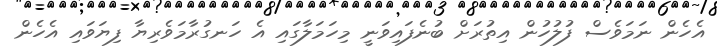
އެހެން ނަމަވެސް ފުލުހުން އިތުރަށް ބުނެފައިވަނީ މިހަމަލާގައި އެ ހަނގުރާމަވެރިޔާ ފިޔަވައި އެހެން